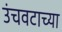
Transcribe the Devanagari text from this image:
उंचवटाच्या